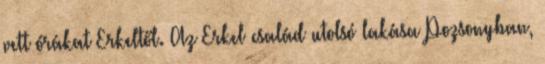
vett órákat Erkeltől. Az Erkel család utolsó lakása Pozsonyban,